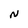
Character: N